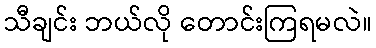
သီချင်း ဘယ်လို တောင်းကြရမလဲ။